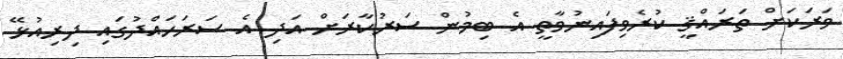
ވަރަކަށް ތަރައްޤީ ކުރެވިފައިނުވާތީ އެ ބިމުން ސަރުކާރަށް އަދި އެ ސަރަހައްދުގައި ދިރިއުޅޭ